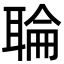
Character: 䎾